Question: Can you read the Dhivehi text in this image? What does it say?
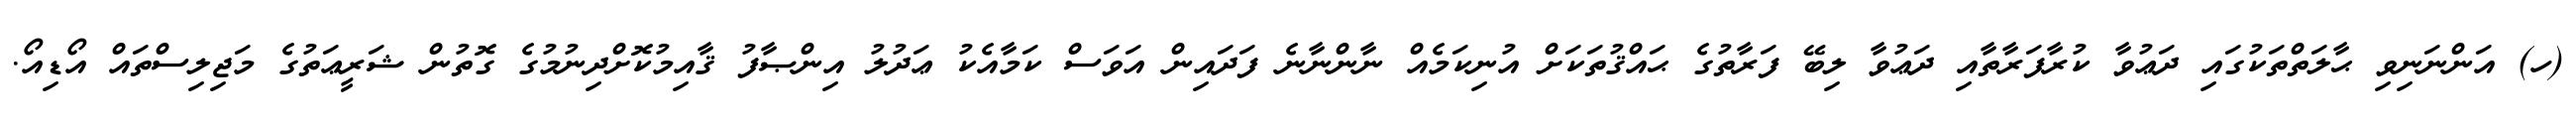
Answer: (ހ) އަންނަނިވި ޙާލަތްތަކުގައި ދަޢުވާ ކުރާފަރާތާއި ދަޢުވާ ލިބޭ ފަރާތުގެ ޙައްޤުތަކަށް އުނިކަމެއް ނާންނާނެ ފަދައިން އަވަސް ކަމާއެކު ޢަދުލު އިންޞާފު ޤާއިމުކޮށްދިނުމުގެ ގޮތުން ޝަރީޢަތުގެ މަޖިލިސްތައް އޯޑިއޯ.